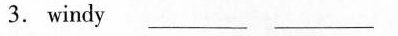
3. windy ___ ___